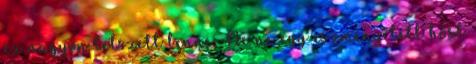
ez nagyon tetszett benne. De ne egy eszményített hőst